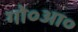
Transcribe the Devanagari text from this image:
गो०आ०